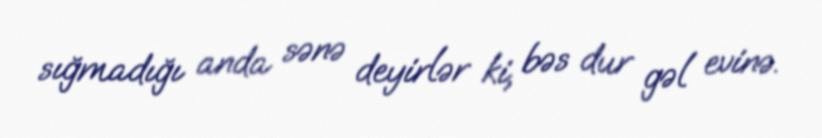
sığmadığı anda sənə deyirlər ki, bəs dur gəl evinə.